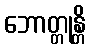
ဘောတ္တုန္တိ